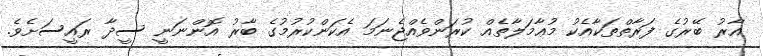
އާރު ބޭރުގެ ފަރާތްތަކާއެކު މުޢާމަލާތެއް ކުރަންވެއްޖެނަމަ އެކަންކުރުމުގެ ބާރު އޮންނަނީ ސީދާ ރައީސަށެވެ.